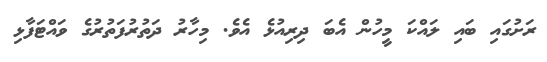
ރަށުގައި ބައި ލައްކަ މީހުން އެބަ ދިރިއުޅެ އެވެ. މިހާރު ދަތުރުފަތުރުގެ ވައްޓަފާޅި